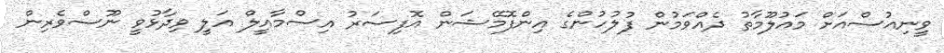
ވީނިއުސްއަށް މައުލޫމާތު ދެއްވަމުން ފުލުހުންގެ އިންފޮމޭޝަން އޮފިސަރު އިސްމާއީލް އަލީ ވިދާޅުވީ ނޫސްވެރިން